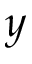
y